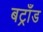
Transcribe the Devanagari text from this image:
बट्राँड